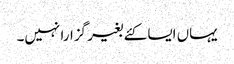
یہاں ایسا کئے بغیر گزارا نہیں۔